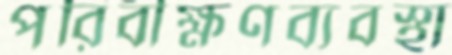
পরিবীক্ষণব্যবস্থা